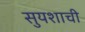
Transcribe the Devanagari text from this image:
सुयशाची